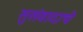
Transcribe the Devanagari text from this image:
सुसंवादाचे